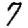
Digit: 7